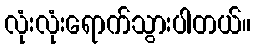
လုံးလုံးရောက်သွားပါတယ်။